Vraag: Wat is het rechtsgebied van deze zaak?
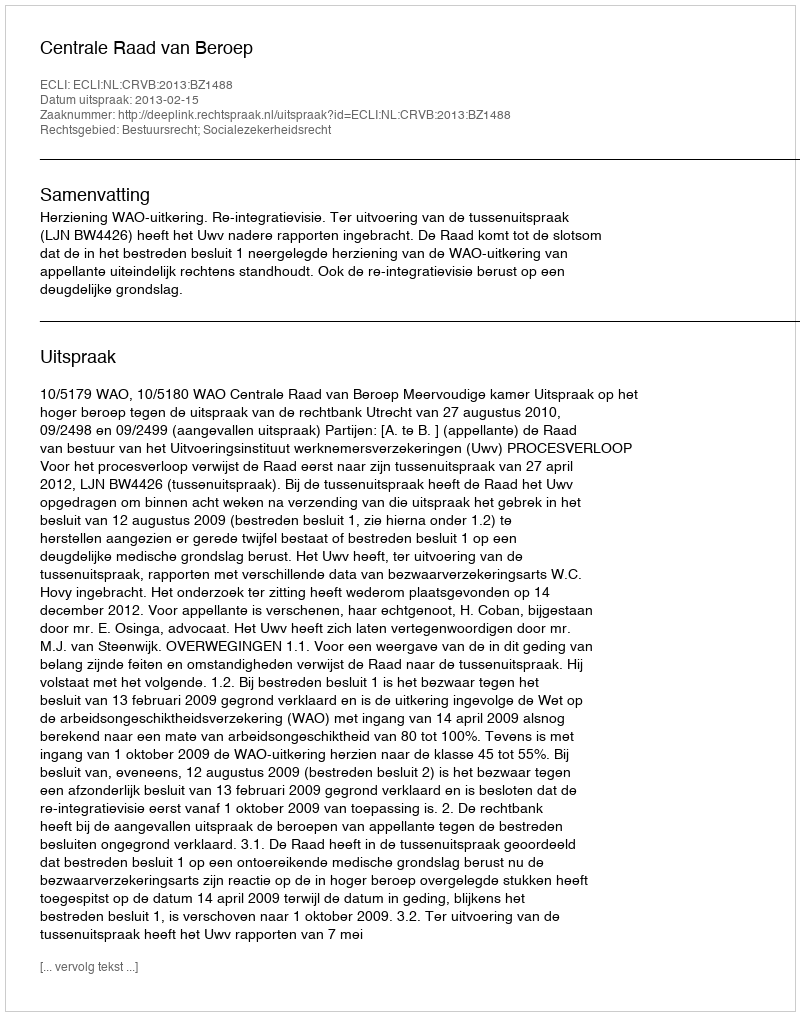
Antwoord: Bestuursrecht; Socialezekerheidsrecht